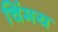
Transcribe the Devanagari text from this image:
चिंमय